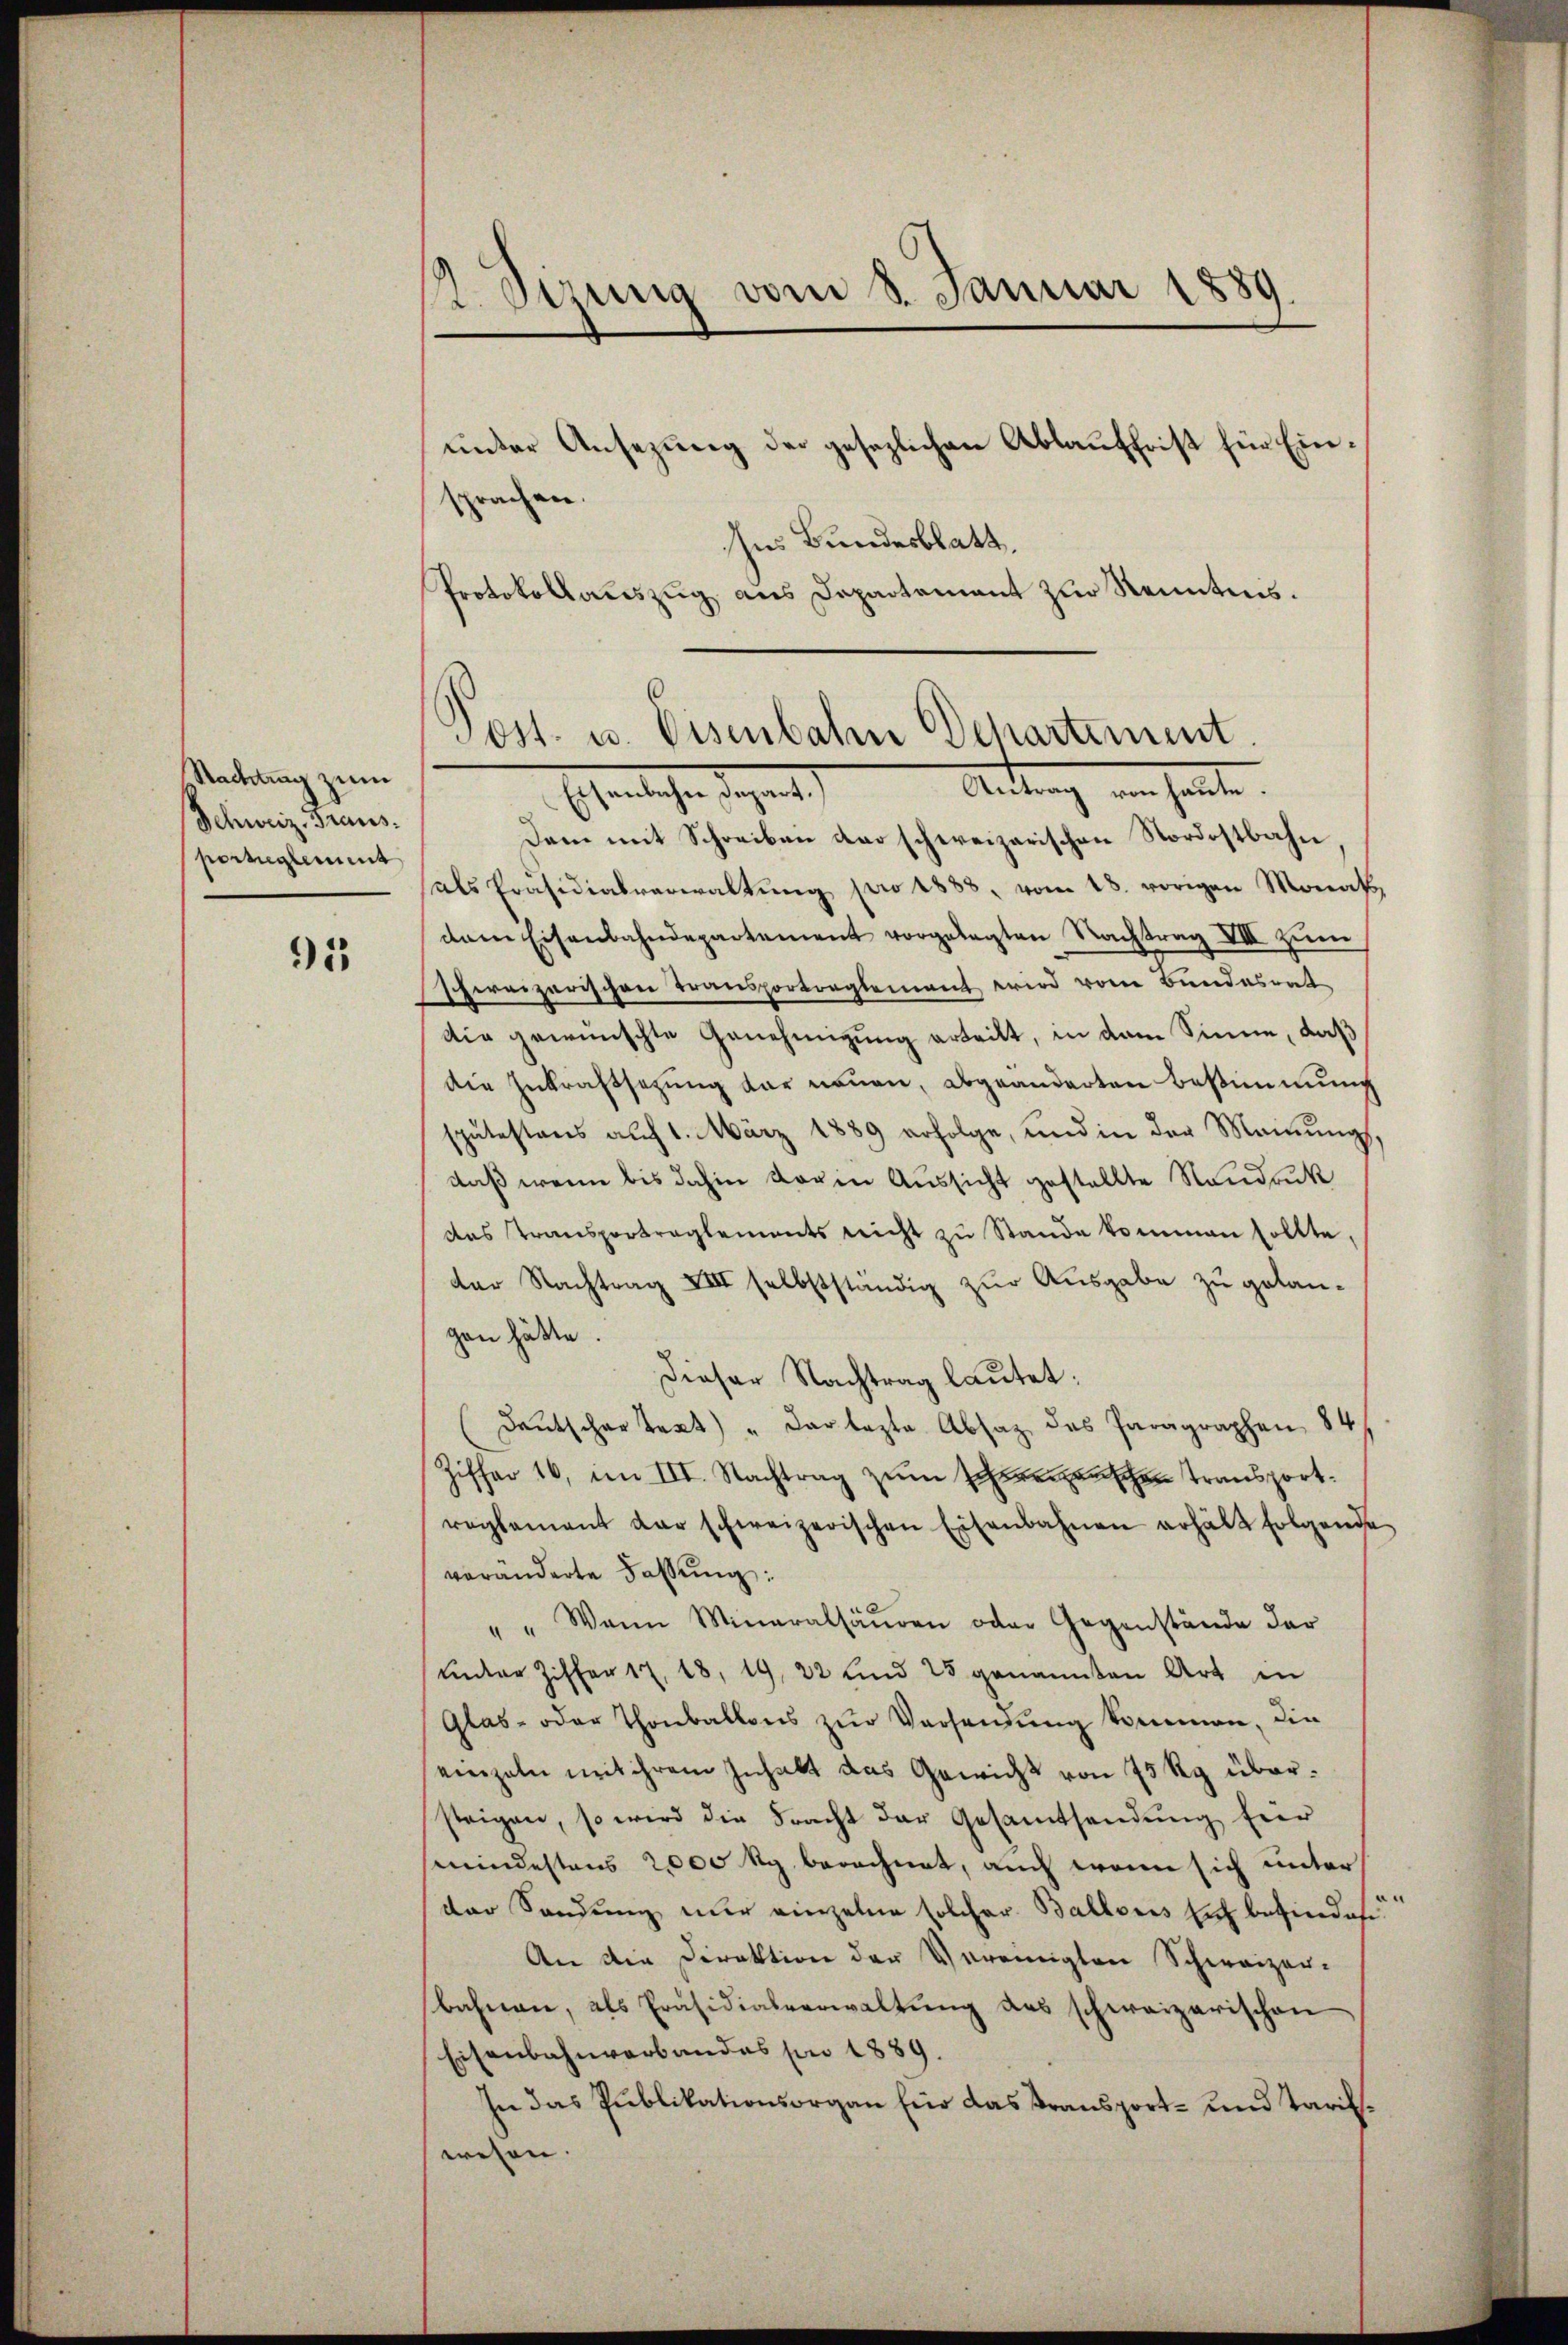
Nachtrag zum
Schweiz. Graus.
porsieglement

95

unter Ansezung der gesezlichen Ablauffrist für Einsprachen.
Ins Bundesblatt.
Protokollauszug aus Departement zur Kenntnis.

1. Derung vom 8. Januar 1889

Post. u. Eisenbahn Departement
Antrag ein heute.

Echeinliche Regent
Dam mit Schreiben das schweizerischen Nordostbahn,
als Präsidialverwaltŭng pro 1888, vom 28. vorigen Monats,
dam Eisenbahndepartement vorgelegten Nachtrag VIII zum
hereizerischen Transportreglement wird vom Bundesrat
die gewünschte Genehmigung erteilt, in dem Sinne, daß
die Inkraftsetzung der neuen, abgeänderten Bestimmung
spätestens auf 1. März 1889 erfolge, und in der Meinung
daß wenn bis dahin darin Aussicht gestellte Nandruck
das Transportreglements nicht zŭ Stande kommen sollte.
der Nachtrag XIII selbstständig zur Ausgabe zu gelangen hätte.
Dieser Nachtrag lautet:
Deutschartext " der lezte Absatz des Paragraphen 84
Ziffer 16, im III. Nachtrag zŭm Schreizenschen Transport
reglement der schweizerischen Eisenbahnen erhält folgende
veränderte Fassung:
" " Wann Mineralsäŭren oder Gegenstände der
ŭnter Ziffer 17. 18, 19, 22 und 25 genannten Art in
Glas- oder Thonballons zŭr Versendung kommen, die
einzeln mit ihrem Inhalt das Gewicht von 75 Rg übersteigen, so wird die Fracht der Gesamtsandung hier
mindestens 2000 Rp. berechnet, auch wenn sich unter
der Sandŭng nur einzelne solcher Ballonis sich befindes
An die Direktion der Vereinigten Schweizer-
bahnen, als Präsidialverwaltung des schweizerischen
Eisenbahnverbandes pro 1889.
In das Publikationsorgan Eür das Transport- und Tarifswesen.